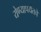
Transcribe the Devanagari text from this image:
येण्यापर्यंतचे